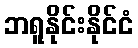
ဘရူနိုင်းနိုင်ငံ